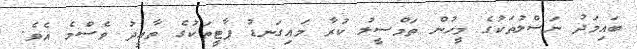
ބައިމަދު ނަސްލުތަކުގެ މީހުން ތަމްސީލު ކުރާ މައިގަނޑު ޕާޓީތަކުގެ ތާއީދު ވެސްމެ އެވެ.